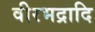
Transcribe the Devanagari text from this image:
वीरभद्रादि